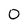
Character: 0